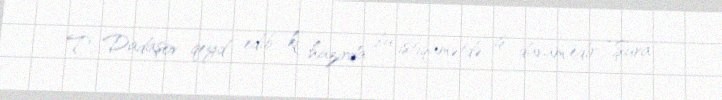
T. Dadaşov qeyd edib ki, hazırda bu istiqamətdə iş davam edir: “Şura